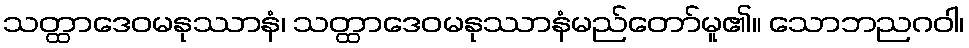
သတ္ထာဒေဝမနုဿာနံ၊ သတ္ထာဒေဝမနုဿာနံမည်တော်မူ၏။ သောဘညဂဝါ၊